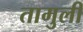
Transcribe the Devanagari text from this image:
तामुली